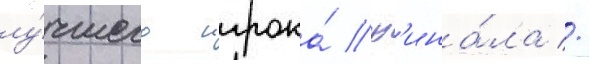
лу́чшего игрока́ ф'ина́ла //